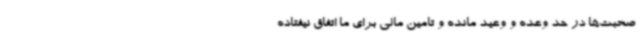
صحبت‌ها در حد وعده و وعید مانده و تامین مالی برای ما اتفاق نیفتاده